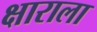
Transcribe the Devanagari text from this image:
क्षाराला